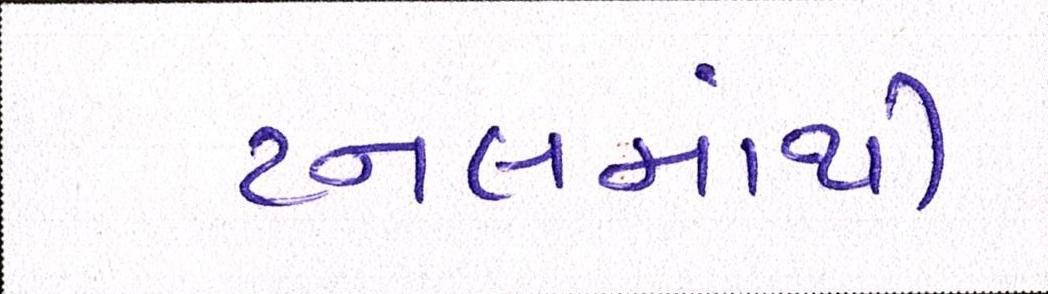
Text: ટનલમાંથી